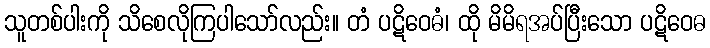
သူတစ်ပါးကို သိစေလိုကြပါသော်လည်း။ တံ ပဋိဝေဓံ၊ ထို မိမိရအပ်ပြီးသော ပဋိဝေဓ